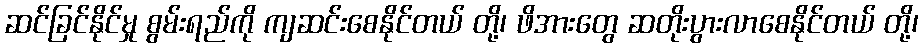
ဆင်ခြင်နိုင်မှု စွမ်းရည်ကို ကျဆင်းစေနိုင်တယ် တို့၊ ဖိအားတွေ ဆတိုးပွားလာစေနိုင်တယ် တို့၊